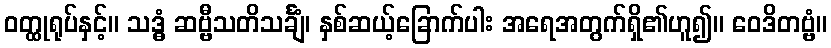
ဝတ္ထုရုပ်နှင့်။ သဒ္ဓံ ဆဗ္ဗီသတိသင်္ချံ၊ နှစ်ဆယ့်ခြောက်ပါး အရေအတွက်ရှိ၏ဟူ၍။ ဝေဒိတဗ္ဗံ။